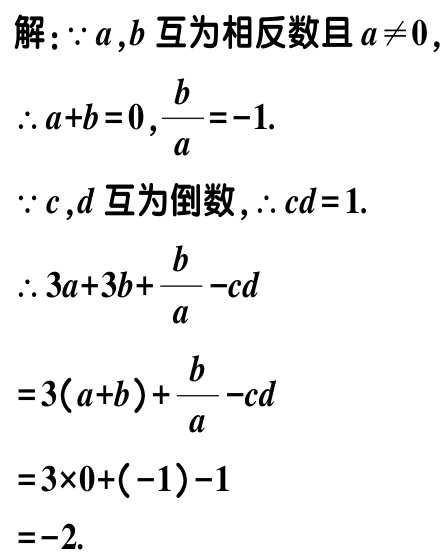
解：\(\because a,b\) 互为相反数且 \(a\neq 0\)，

\(\therefore a + b = 0,\frac{b}{a}=-1\).

\(\because c,d\) 互为倒数，\(\therefore cd = 1\).

\(\therefore 3a + 3b+\frac{b}{a}-cd\)

\(=3(a + b)+\frac{b}{a}-cd\)

\(=3\times0+(-1)-1\)

\(=-2\).